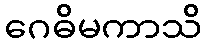
ဂေဓိမကာသိ